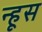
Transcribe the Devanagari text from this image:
न्हूस